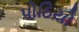
પોઠિયો